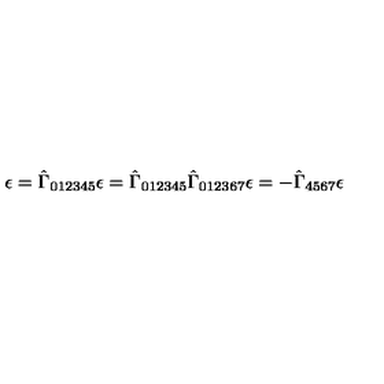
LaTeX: \epsilon = \hat { \Gamma } _ { 0 1 2 3 4 5 } \epsilon = \hat { \Gamma } _ { 0 1 2 3 4 5 } \hat { \Gamma } _ { 0 1 2 3 6 7 } \epsilon = - \hat { \Gamma } _ { 4 5 6 7 } \epsilon